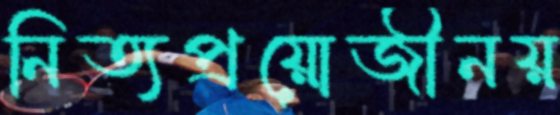
নিত্যপ্রয়োজীনয়